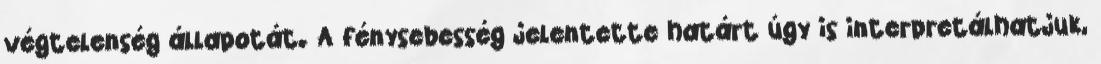
végtelenség állapotát. A fénysebesség jelentette határt úgy is interpretálhatjuk,